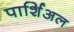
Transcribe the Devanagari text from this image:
पार्शिअल